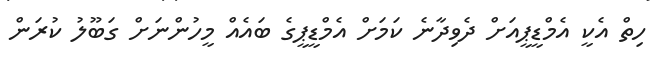
ހިތް އެކީ އެމްޑީޕީއަށް ދެވިދާނެ ކަމަށް އެމްޑީޕީގެ ބައެއް މީހުންނަށް ގަބޫލު ކުރަން